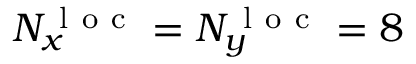
N _ { x } ^ { \mathrm { ~ l ~ o ~ c ~ } } = N _ { y } ^ { \mathrm { ~ l ~ o ~ c ~ } } = 8